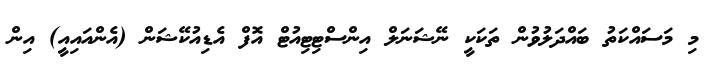
މި މަސައްކަތު ބައްދަލުވުން ތަކަކީ ނޭޝަނަލް އިންސްޓިޓިއުޓް އޮފް އެޑިއުކޭޝަން (އެންއައިއީ) އިން